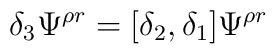
\delta_{3}\Psi^{\rho r}=[\delta_{2},\delta_{1}]\Psi^{\rho r}